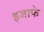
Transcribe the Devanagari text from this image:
इजाफे